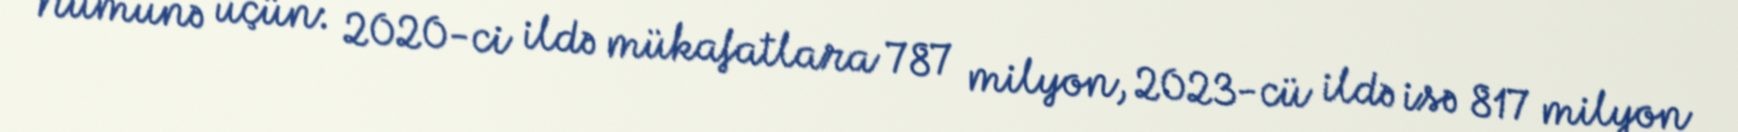
Nümunə üçün: 2020-ci ildə mükafatlara 787 milyon, 2023-cü ildə isə 817 milyon